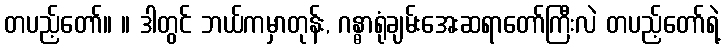
တပည့်တော်။ ။ ဒါတွင် ဘယ်ကမှာတုန်း, ဂန္ဓာရုံချမ်းအေးဆရာတော်ကြီးလဲ တပည့်တော်ရဲ့